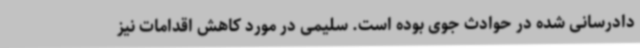
دادرسانی شده در حوادث جوی بوده است. سلیمی در مورد کاهش اقدامات نیز